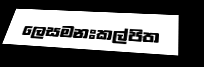
ලෙසමනඃකල්පිත